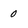
Character: 0